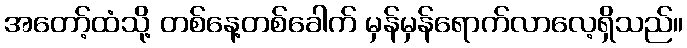
အတော့်ထံသို့ တစ်နေ့တစ်ခေါက် မှန်မှန်ရောက်လာလေ့ရှိသည်။